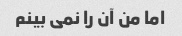
اما من آن را نمی بینم